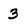
Character: 3